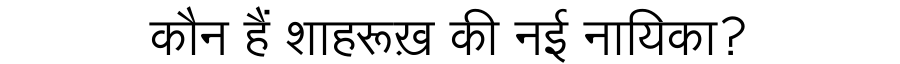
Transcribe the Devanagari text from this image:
कौन हैं शाहरूख़ की नई नायिका?